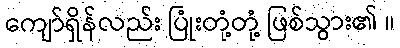
ကျော်ရှိန်လည်း ပြုံးတုံ့တုံ့ ဖြစ်သွား၏ ။